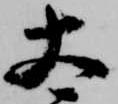
太